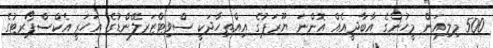
500 މިލިއަން މީހުންގެ އާބާދީއެއް އޮންނަ ޔޫރަޕުގެ އިއްތިހާދަކީ ސްވިޓްޒަރލޭންޑުގެ އަހަރީ އެކްސްޕޯރޓުގެ